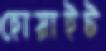
হোয়াইট